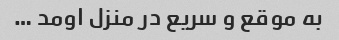
به موقع و سریع در منزل اومد …